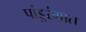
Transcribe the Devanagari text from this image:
पांडुरंगात